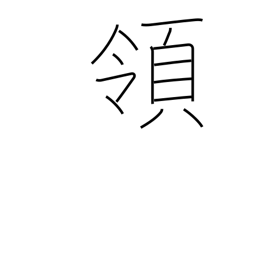
Meaning: reign